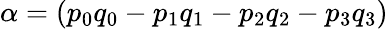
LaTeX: \alpha=(p_{0}q_{0}-p_{1}q_{1}-p_{2}q_{2}-p_{3}q_{3})